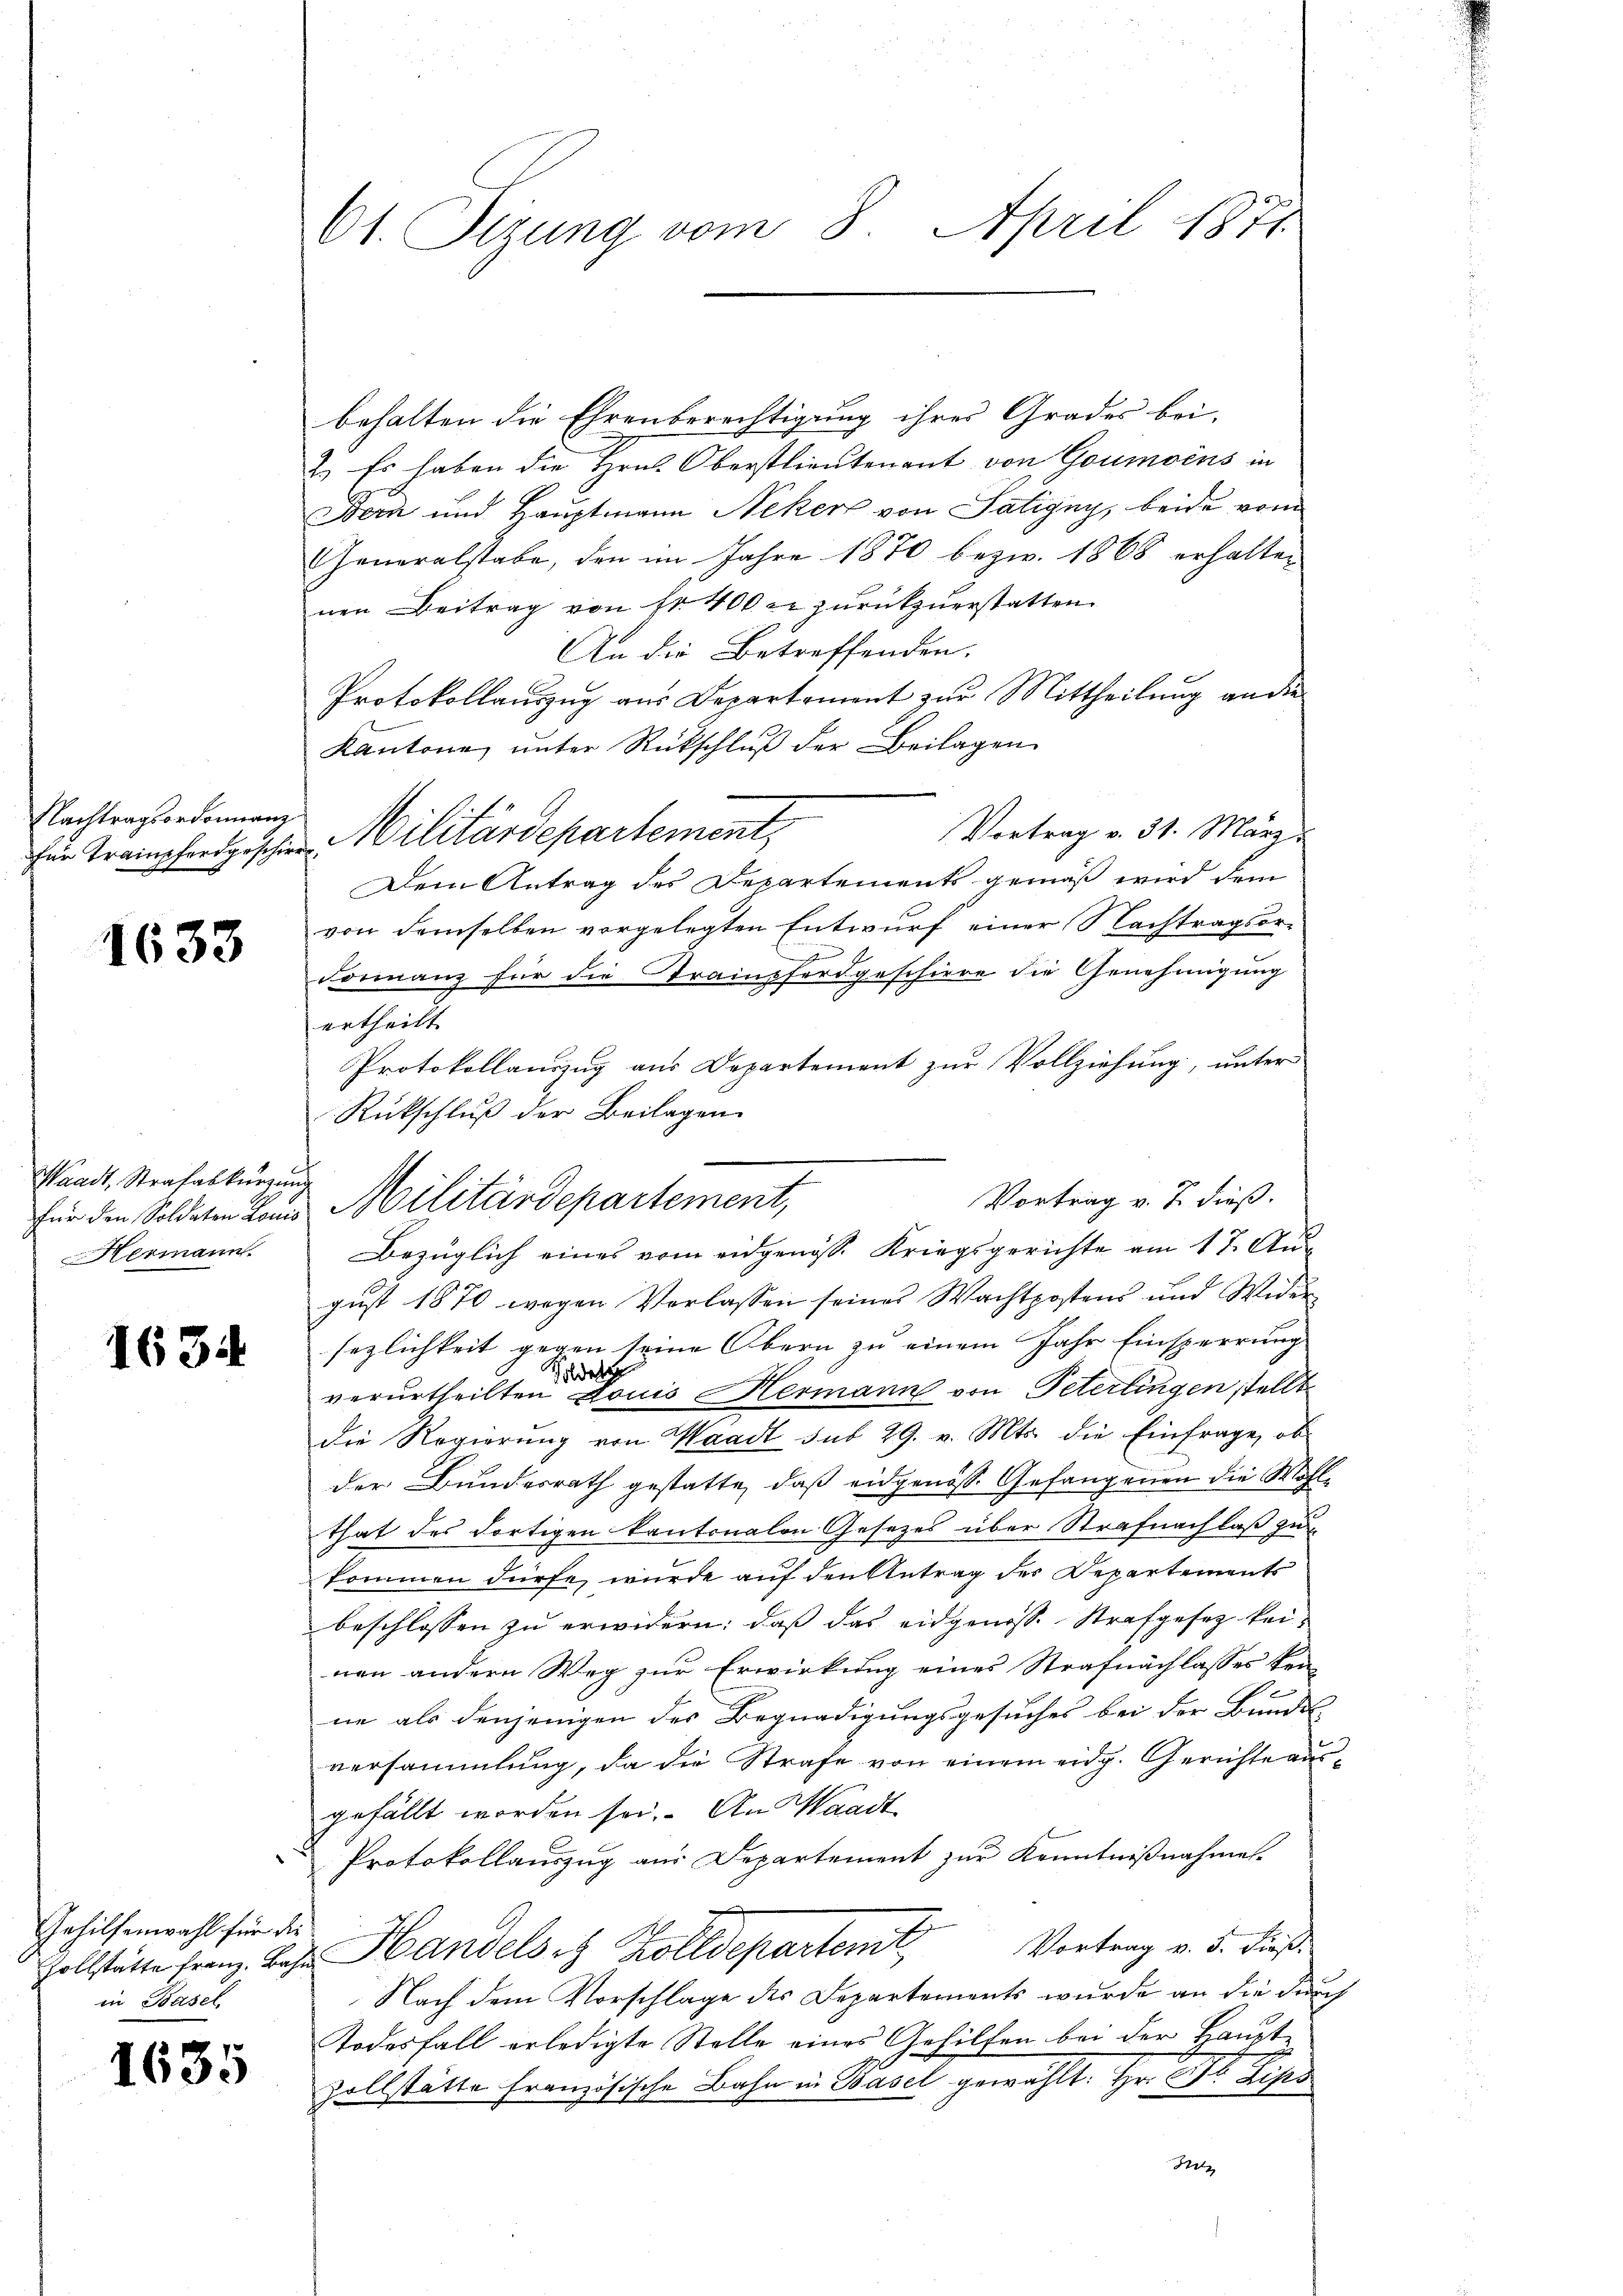
Nachtragsordonnan
für Trainpferdgeschirr

1633

Waadt, Strafabkürzun
für den Soldaten Louis
Hermann.

1634

Gehilfenwahl für die
in Basel

1635

61. Sizung vom 8. April 1871

behalten die Ehrenberechtigung ihres Grades bei-
2.) Es haben die Hrn. Oberstlieutenant von Goumoins in
Bern und Hauptmann Neker von Satigny, beide vom
Generalstabe, den im Jahre 1870 bezw. 1868 erhalten
nen Beitrag von fr. 400 fr zurückzuerstatten.
An die Betreffenden.
Protokollauszug aus Departement zur Mittheilung an die
Kantone ŭnter Rückschlŭβ der Beilagen
Vortrag v. 31. März
Militärdepartement,
Dem Antrag des Departements gemäß wird dem
von demselben vorgelegten Entwurf einer Nachtragsordonnanz für die Strampferdgeschiere die Genehmigŭng
ertheilt.
Protokollauszug aus Departement zur Vollziehung, unter
Rückschluß der Beilagen.
Vortrag v. J. dieß.
gust 1870 wegen Vorlassen seines Wachtpostens und Wider
sezlichkeit gegen seine Obern zu einem Jahr Einsperrung
Tadel
verurtheilten Louis Hermann von Peterlingen stellt
die Regierung von Waadt sub 29. v. Mts. die Einfrage, ob
der Bundesrath gestatte, daß eidgenoß Gefangenen die Wohlthat des dortigen kantonalen Gesetzes über Strafnachlaß zu
kommen dürfe, wurde auf den Antrag der Departements
beschlossen zu erwidern: daß das eidgenosse Strafgesetz keinen andern Weg zur Erwirkung eines Strafnachlasses kein
ne als denjenigen des Begnadigungsgesuches bei der Bundes-
versammlung, da die Strafe von einem eidg. Gerichte ausgefällt worden sei. An Waadt
Protokollauszug aus Departement zur Kenntnißnahmen.
Zollstätte Franz. Das Handels es Zolldepartem Vortrag v. 5. dieß¬
Nach dem Vorschlage des Departements wurde an die durch
Todesfall erledigte Stelle eines Gehilfen bei der Hauptzollstätte französische Bahn in Basel gewählt. Hr. Dr. Lips
He

Militärdepartement,
Bezüglich eines vom eidgenosse Kriegsgerichte am 17. Au¬